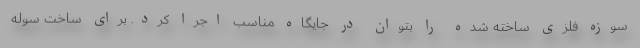
سوزه فلزی ساخته شده را بتوان در جایگاه مناسب اجرا کرد. برای ساخت سوله